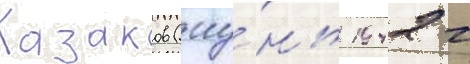
Казаков (иу́нь 1942 г